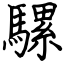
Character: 騾